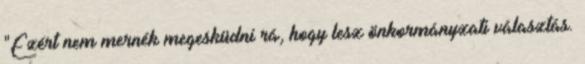
"Ezért nem mernék megesküdni rá, hogy lesz önkormányzati választás.